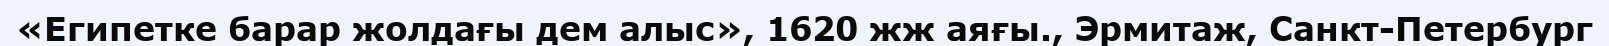
«Египетке барар жолдағы дем алыс», 1620 жж аяғы., Эрмитаж, Санкт-Петербург